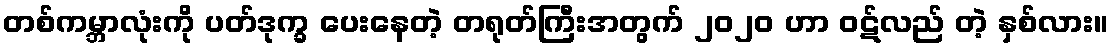
တစ်ကမ္ဘာလုံးကို ပတ်ဒုက္ခ ပေးနေတဲ့ တရုတ်ကြီးအတွက် ၂၀၂၀ ဟာ ဝဋ်လည် တဲ့ နှစ်လား။